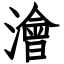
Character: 澮